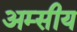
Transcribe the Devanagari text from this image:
अम्सीय